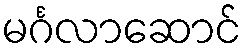
မင်္ဂလာဆောင်